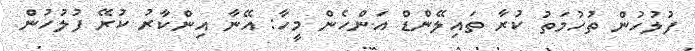
ފުލުހުން ތުހުމަތު ކުރާ ތައިލޭންޑް އަންހެން މީހާ: އޭނާ އިންކާރު ކުރޭ ފުލުހުން